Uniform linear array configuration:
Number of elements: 48
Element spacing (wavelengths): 0.25
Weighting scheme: hann
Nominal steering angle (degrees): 45
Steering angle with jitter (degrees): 45.533
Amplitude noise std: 0.05
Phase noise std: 0.05

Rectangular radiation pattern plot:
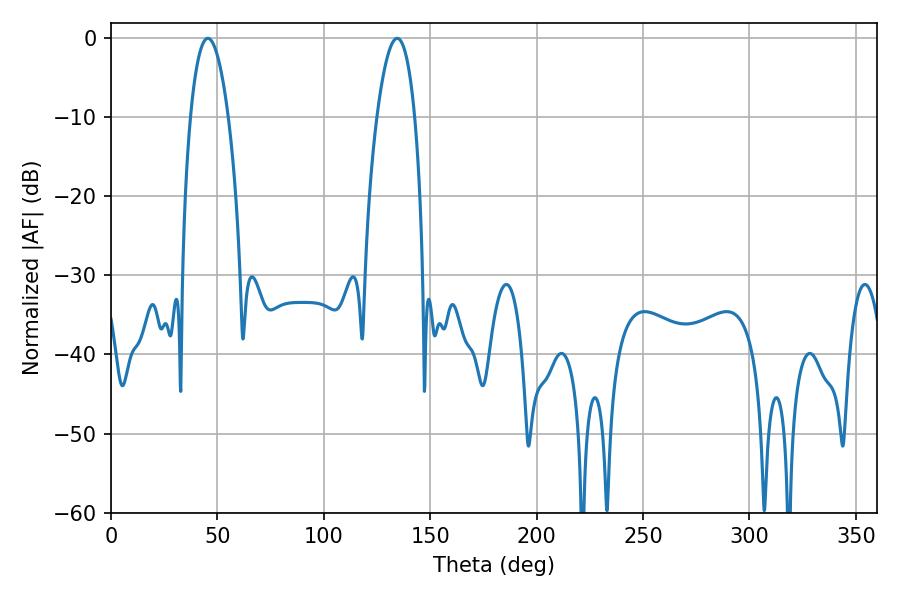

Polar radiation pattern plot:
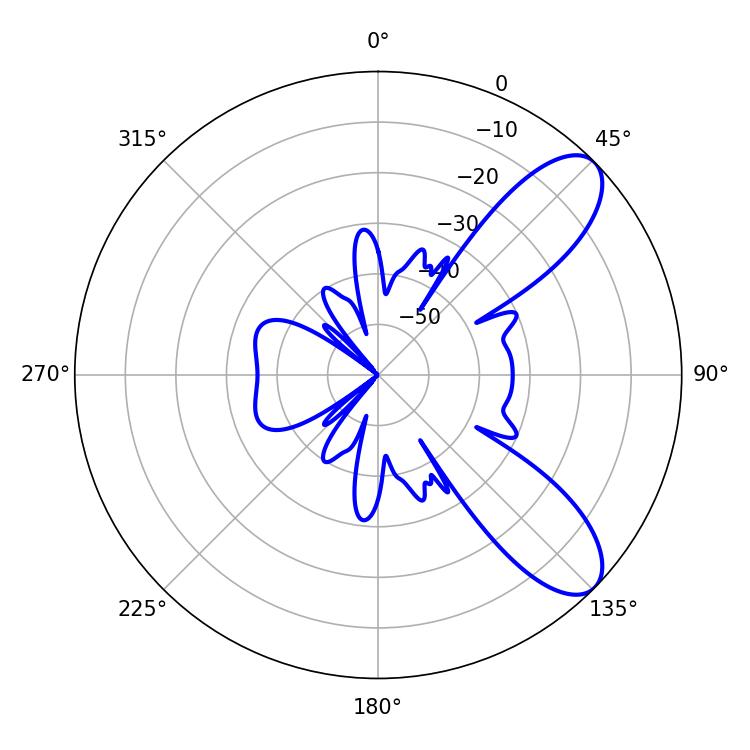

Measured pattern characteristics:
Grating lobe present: FALSE
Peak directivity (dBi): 8.796
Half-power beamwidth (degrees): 9.9
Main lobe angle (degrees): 45.54